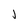
Character: j